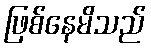
ဖြစ်နေမိသည်